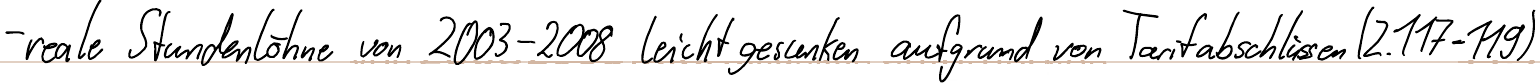
- reale Stundenlöhne von 2003-2008 leicht gesunken aufgrund von Tarifabschlüssen (Z.117-119)